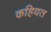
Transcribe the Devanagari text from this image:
कहियत